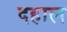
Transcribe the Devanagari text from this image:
दहाल